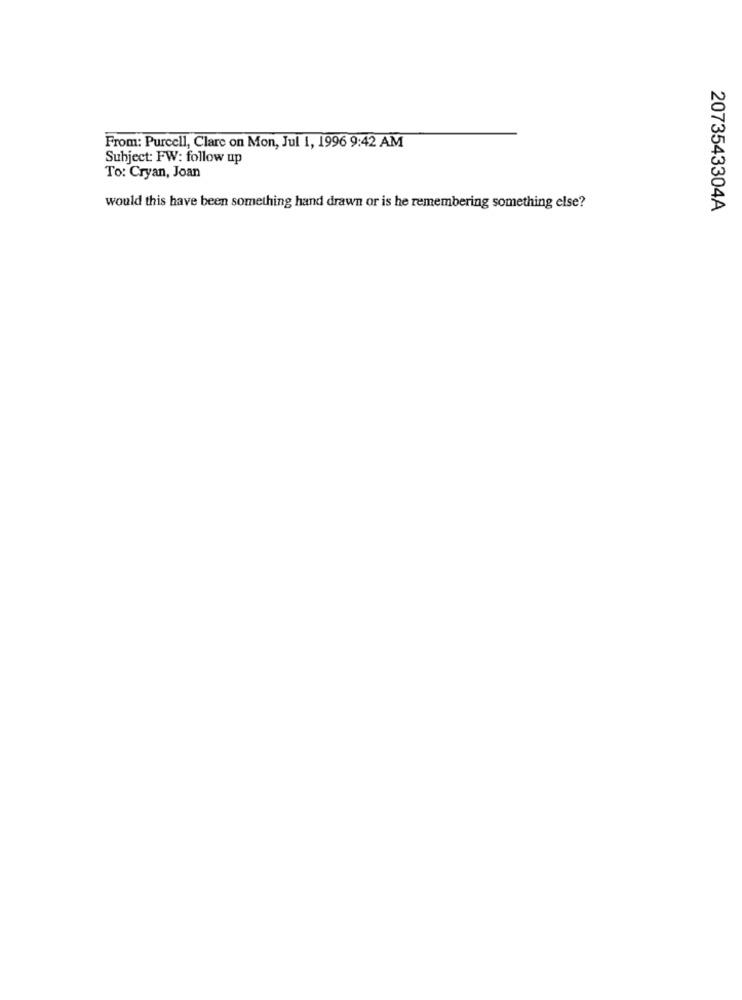
From: Purcell, Clare on Mon, Jul 1, 1996 9:42 AM
Subject: FW: follow up
To: Cryan, Joan
would this have been something hand drawn or is he remembering something else?
2073543304A